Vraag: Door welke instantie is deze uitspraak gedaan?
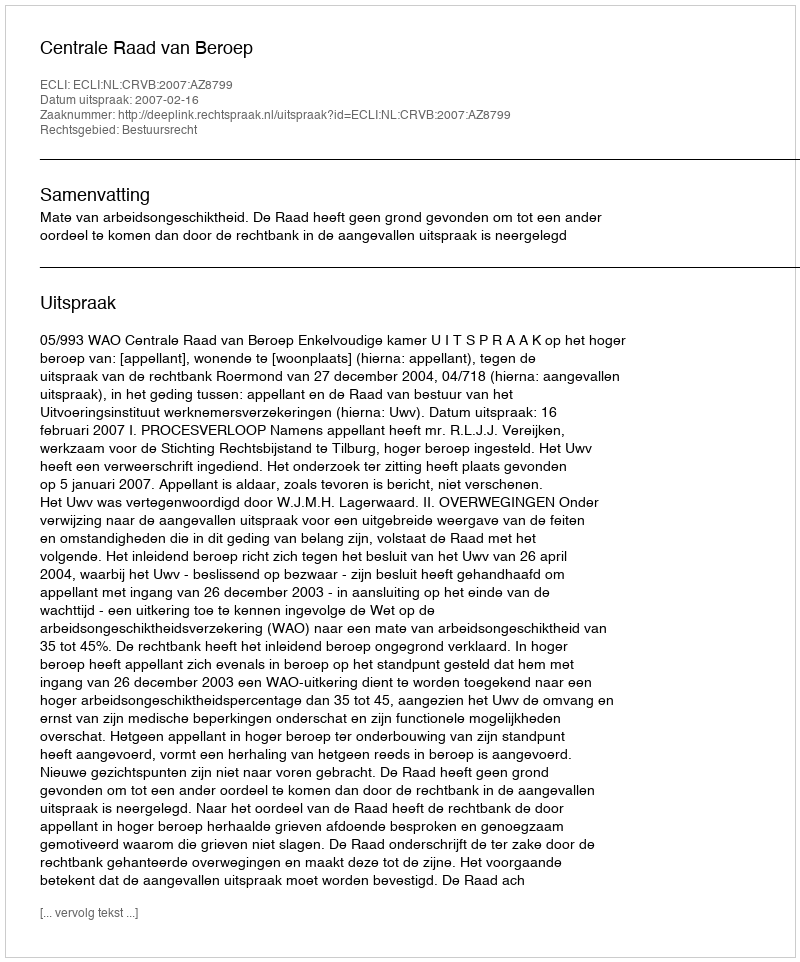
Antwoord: Centrale Raad van Beroep